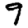
Digit: 9